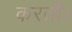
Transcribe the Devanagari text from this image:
करतौ।